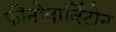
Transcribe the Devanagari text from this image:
फीनोवार्विटोन